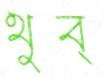
থুব্